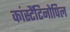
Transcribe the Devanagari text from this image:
कांस्टैंटिनोपिल